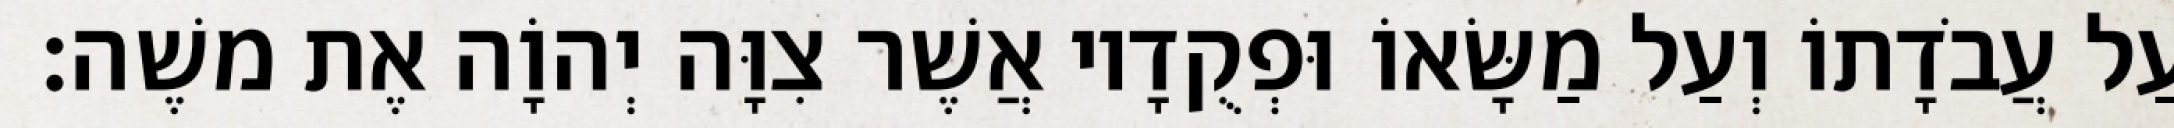
עַל עֲבֹדָתוֹ וְעַל מַשָּׂאוֹ וּפְקֻדָיו אֲשֶׁר צִוָּה יְהוָֹה אֶת משֶׁה׃